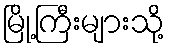
မြို့ကြီးများသို့